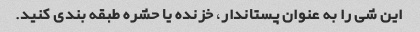
این شی را به عنوان پستاندار، خزنده یا حشره طبقه بندی کنید.